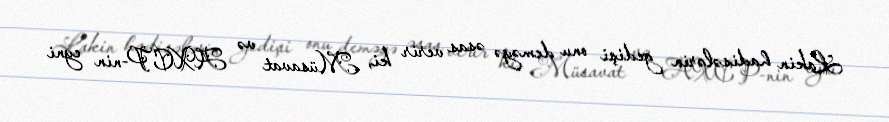
Lakin hadisələrin gedişi onu deməyə əsas verir ki, Müsavat və AXCP-nin eyni